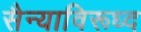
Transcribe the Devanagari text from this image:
सैन्याविरूध्द